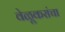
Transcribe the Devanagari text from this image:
वेळूकरांचा